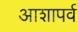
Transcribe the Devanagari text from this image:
आशापर्व